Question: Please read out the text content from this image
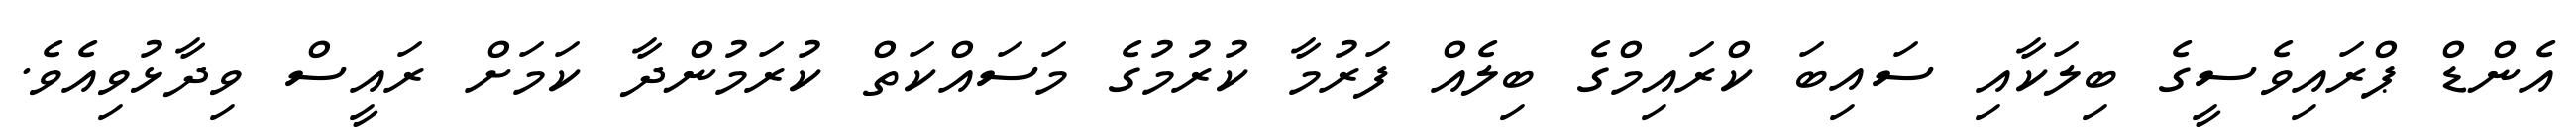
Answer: އެންޑް ޕްރައިވެސީގެ ބިލަކާއި ސައިބަ ކްރައިމްގެ ބިލެއް ފަރުމާ ކުރުމުގެ މަސައްކަތް ކުރަމުންދާ ކަމަށް ރައީސް ވިދާޅުވިއެވެ.